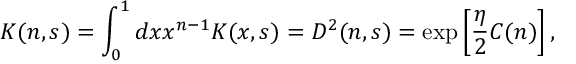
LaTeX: K ( n , s ) = \int _ { 0 } ^ { 1 } d x x ^ { n - 1 } K ( x , s ) = D ^ { 2 } ( n , s ) = \exp \left[ { \frac { \eta } { 2 } } C ( n ) \right] ,